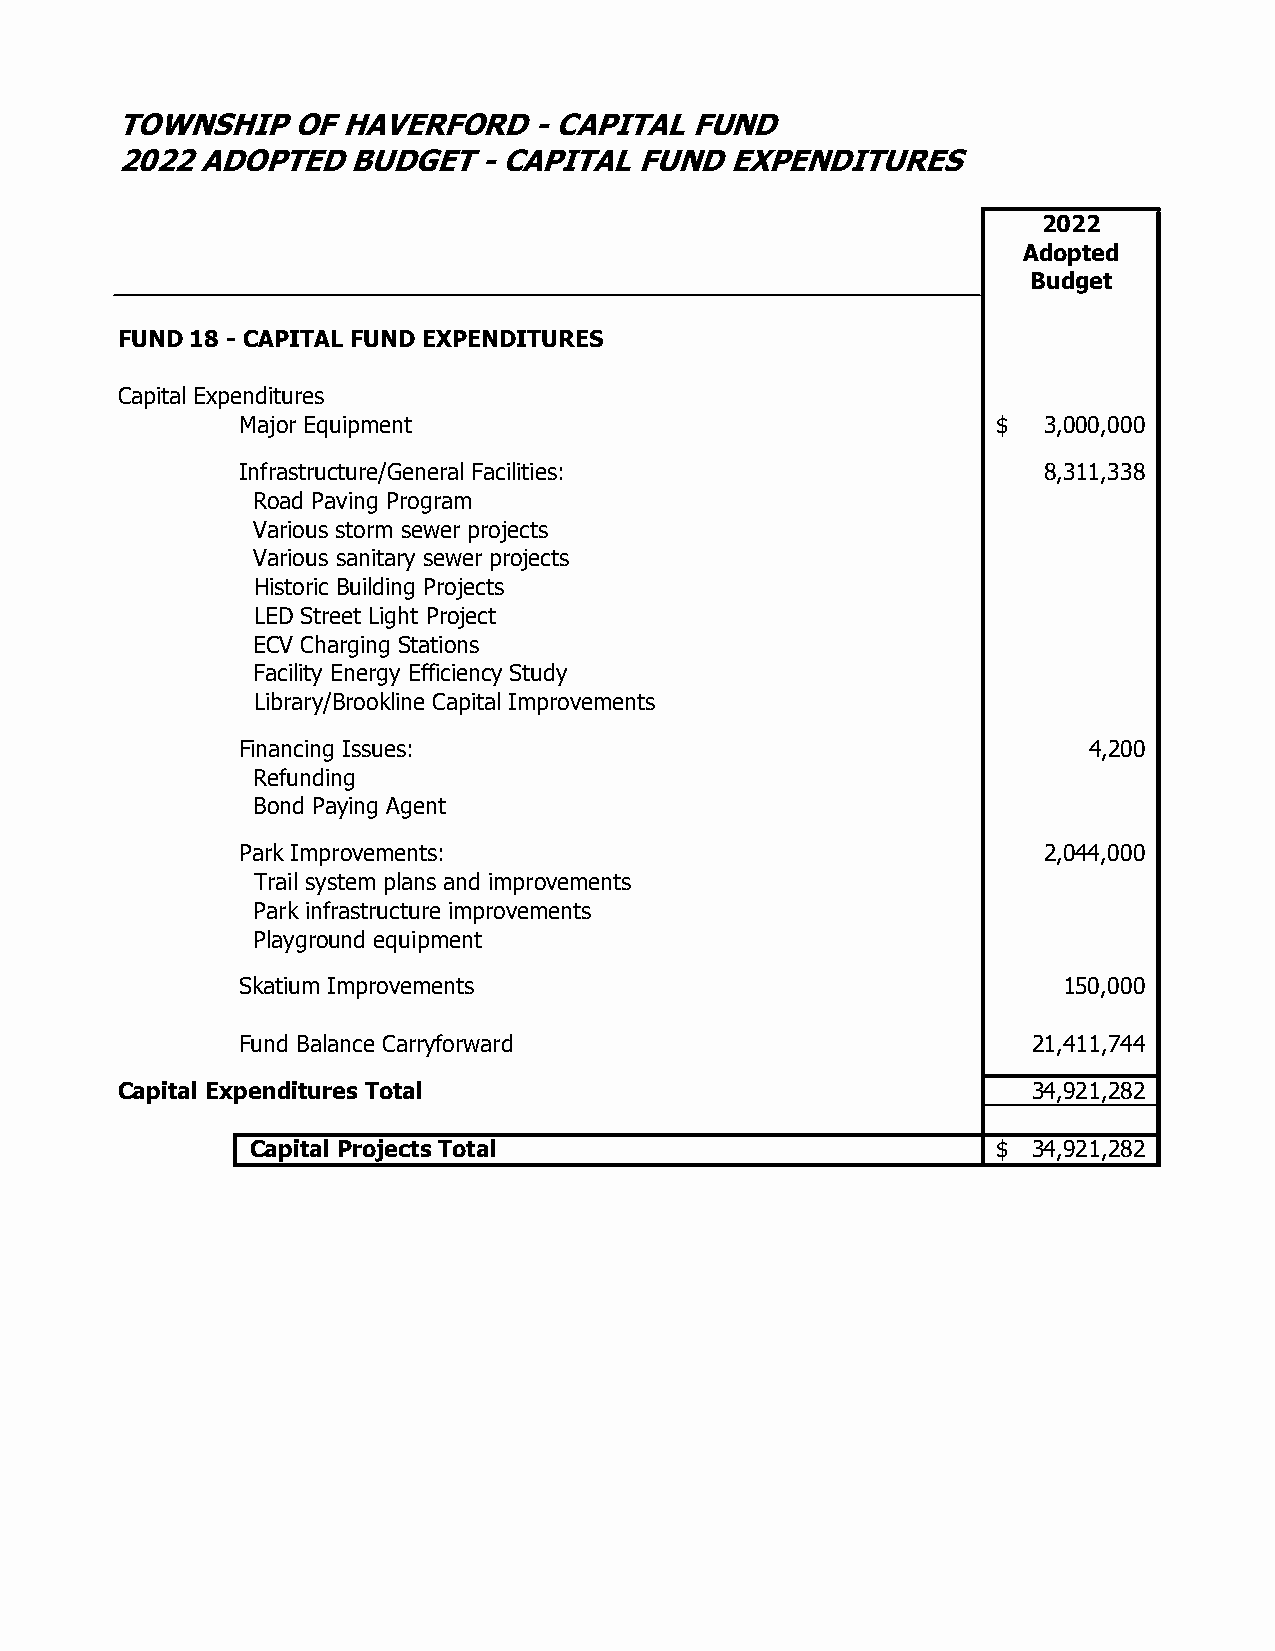
TOWNSHIP   OF  HAVERFORD   - CAPITAL  FUND
 2022 ADOPTED   BUDGET   - CAPITAL FUND  EXPENDITURES
 2022
 Adopted
 Budget
 FUND 18 - CAPITAL FUND EXPENDITURES
 Capital Expenditures
 Major Equipment                                   $  3 ,000,000
 Infrastructure/General Facilities:                   8,311,338
 Road Paving Program
 Various storm sewer projects
 Various sanitary sewer projects
 Historic Building Projects
 LED Street Light Project
 ECV Charging Stations
 Facility Energy Efficiency Study
 Library/Brookline Capital Improvements
 Financing Issues:                                       4,200
 Refunding
 Bond Paying Agent
 Park Improvements:                                   2,044,000
 Trail system plans and improvements
 Park infrastructure improvements
 Playground equipment
 Skatium Improvements                                  150,000
 Fund Balance Carryforward                           2 1,411,744
 Capital Expenditures Total                                  3 4,921,282
 Capital Projects Total                           $ 34,921,282